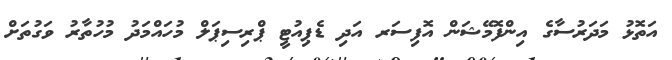
އަތޮޅު މަދަރުސާގެ އިންފޮމޭޝަން އޮފިސަރ އަދި ޑެޕިއުޓީ ޕްރިސިޕަލް މުހައްމަދު މުހުތާރު ވަގުތަށް